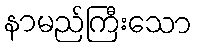
နာမည်ကြီးသော